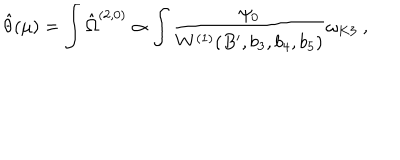
\hat { \theta } ( \mu ) = \int \hat { \Omega } ^ { ( 2 , 0 ) } \propto \int \frac { \psi _ { 0 } } { W ^ { ( 1 ) } ( B ^ { \prime } , b _ { 3 } , b _ { 4 } , b _ { 5 } ) } \omega _ { K 3 } \ ,